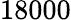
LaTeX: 18000